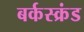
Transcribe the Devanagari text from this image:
बर्कस्क्रंड